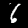
Label: 6